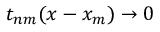
t _ { n m } ( x - x _ { m } ) \to 0